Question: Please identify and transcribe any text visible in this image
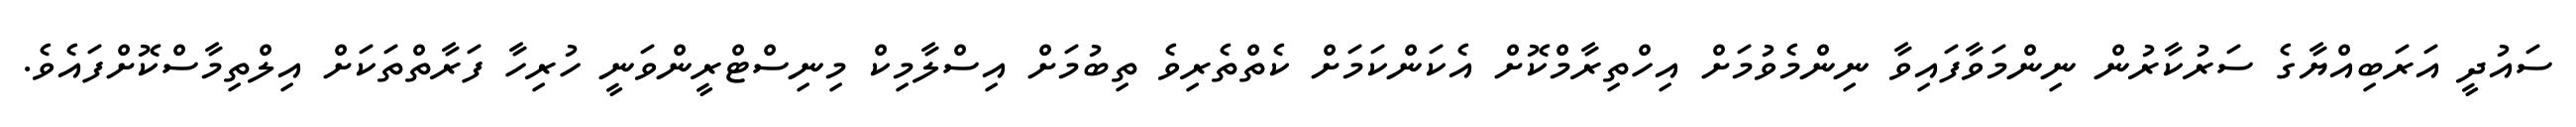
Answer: ސައުދީ އަރަބިއްޔާގެ ސަރުކާރުން ނިންމަވާފައިވާ ނިންމެވުމަށް އިހްތިރާމްކޮށް އެކަންކަމަށް ކެތްތެރިވެ ތިބުމަށް އިސްލާމިކް މިނިސްޓްރީންވަނީ ހުރިހާ ފަރާތްތަކަށް އިލްތިމާސްކޮށްފައެވެ.